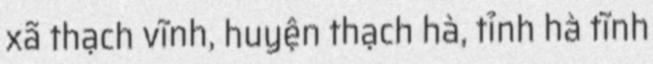
xã thạch vĩnh, huyện thạch hà, tỉnh hà tĩnh